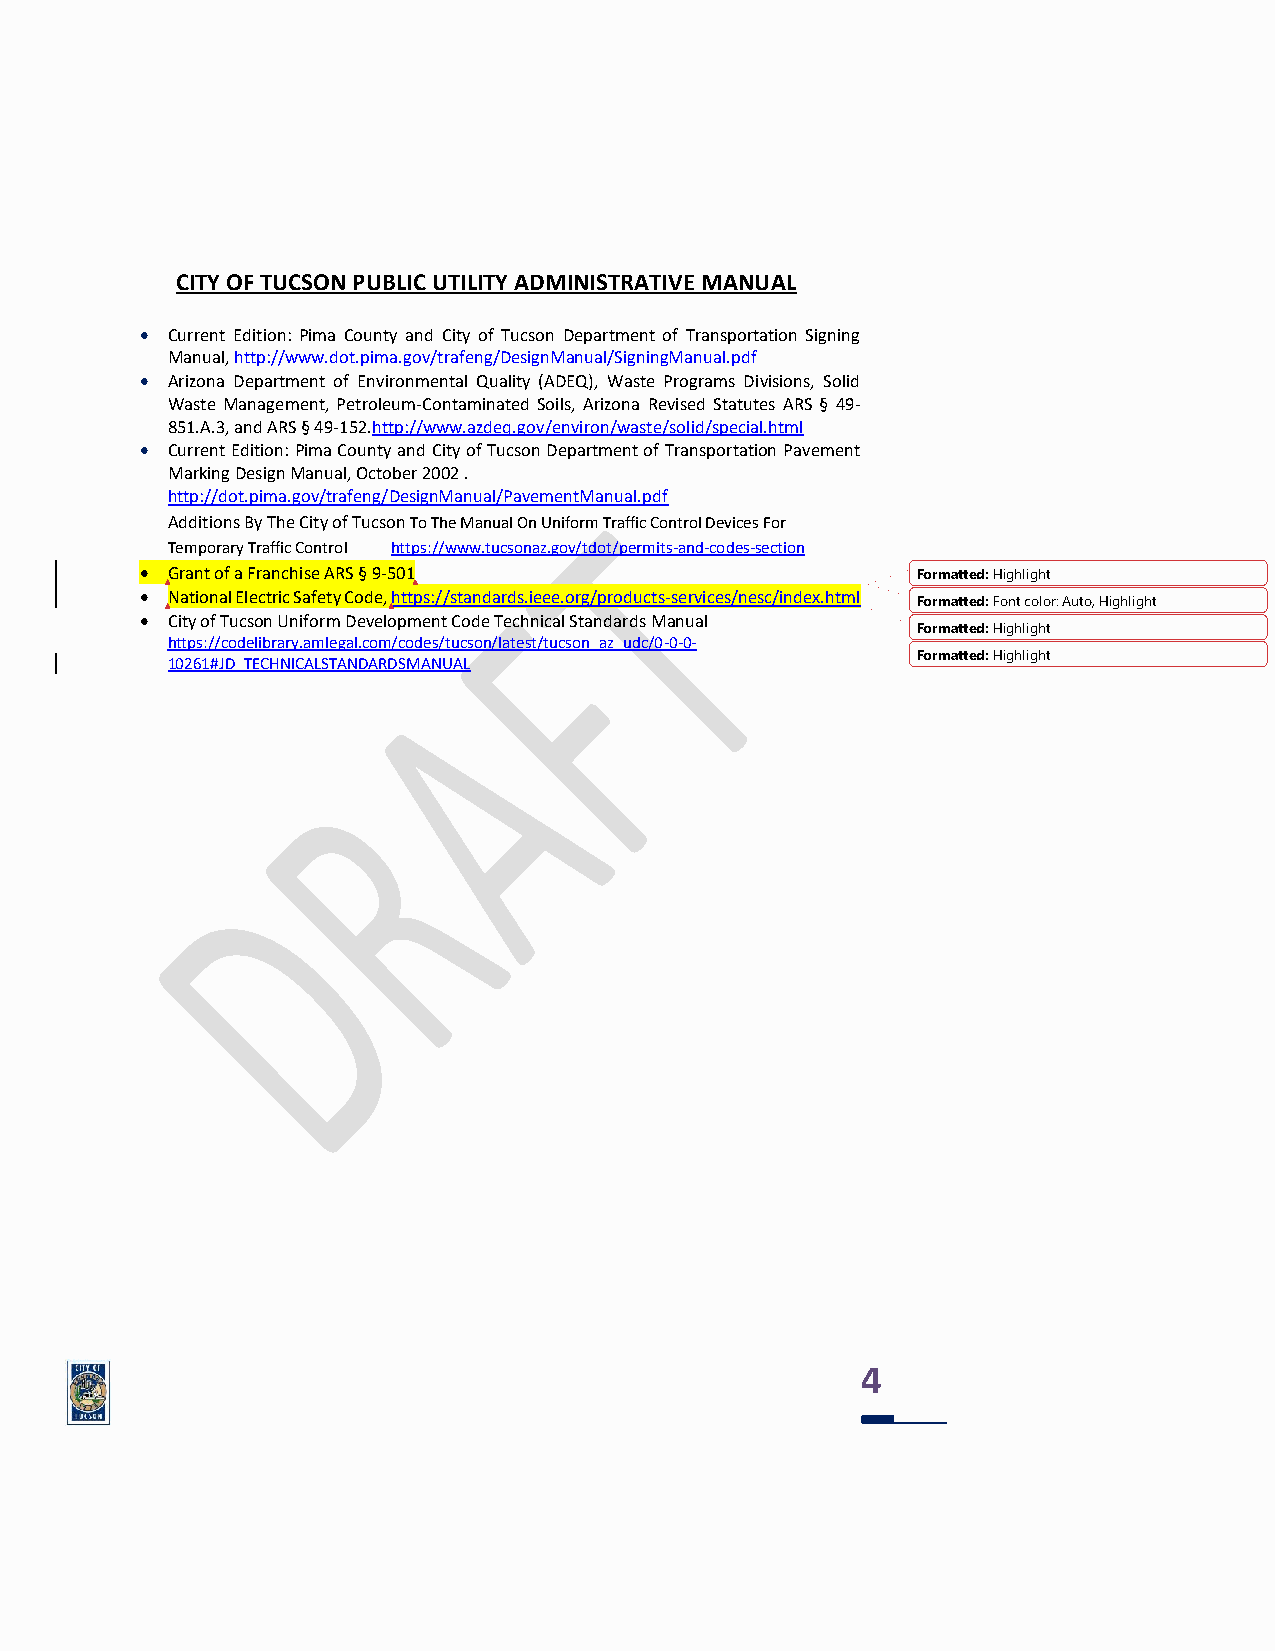
CITY OF TUCSON PUBLIC UTILITY ADMINISTRATIVE MANUAL
 • Current Edition: Pima County and City of Tucson Department of Transportation Signing
 Manual, http://www.dot.pima.gov/trafeng/DesignManual/SigningManual.pdf
 • Arizona Department of Environmental Quality (ADEQ), Waste Programs Divisions, Solid
 Waste Management, Petroleum-Contaminated Soils, Arizona Revised Statutes ARS § 49-
 851.A.3, and ARS § 49-152.http://www.azdeq.gov/environ/waste/solid/special.html
 • Current Edition: Pima County and City of Tucson Department of Transportation Pavement
 Marking Design Manual, October 2002 .
 http://dot.pima.gov/trafeng/DesignManual/PavementManual.pdf
 Additions By The City of Tucson To The Manual On Uniform Traffic Control Devices For
 Temporary Traffic Control https://www.tucsonaz.gov/tdot/permits-and-codes-section
 • Grant of a Franchise ARS § 9-501                  Formatted: Highlight
 • National Electric Safety Code, https://standards.ieee.org/products-services/nesc/index.html
 Formatted: Font color: Auto, Highlight
 • City of Tucson Uniform Development Code Technical Standards Manual
 Formatted: Highlight
 https://codelibrary.amlegal.com/codes/tucson/latest/tucson_az_udc/0-0-0-
 Formatted: Highlight
 10261#JD_TECHNICALSTANDARDSMANUAL
 4